Civil Veterinary Department Bihar reports 1940-50 - 1940-1950
Year: 1940
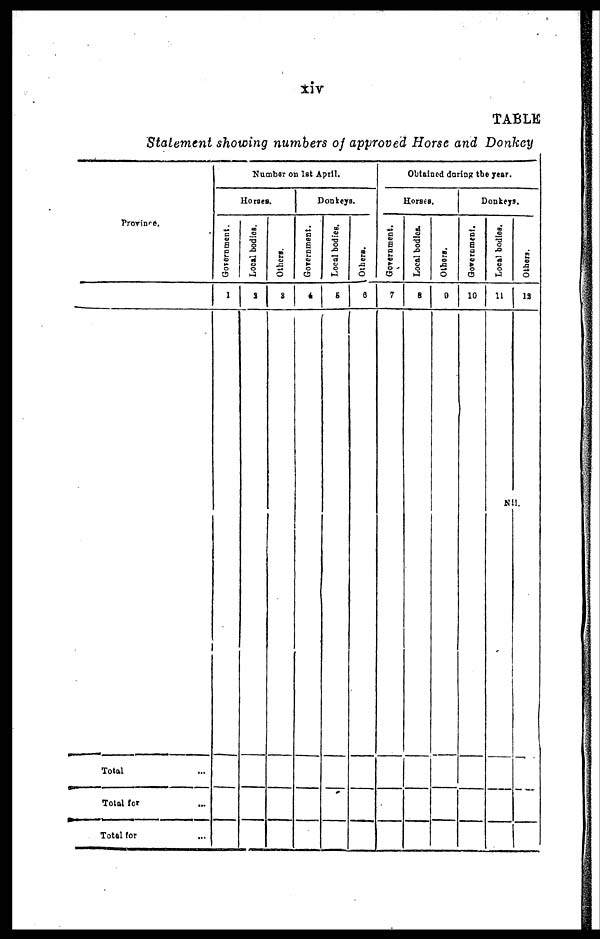
TABLE
Statement showing numbers of approved Horse and Donkey
Province.
Total ...
Total for ...
Total for ...
Number on 1st April.
Horses.
Government.
1
Local bodies.
2
Others.
3
Donkeys.
Government.
4
Local bodies.
5
Others.
6
Obtained during the year.
Horses.
Government.
7
Local bodies.
8
Others.
9
Donkeys.
Government.
10
Local bodies.
11
Nil.
Others.
12